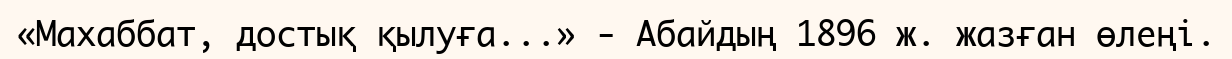
«Махаббат, достық қылуға...» - Абайдың 1896 ж. жазған өлеңі.